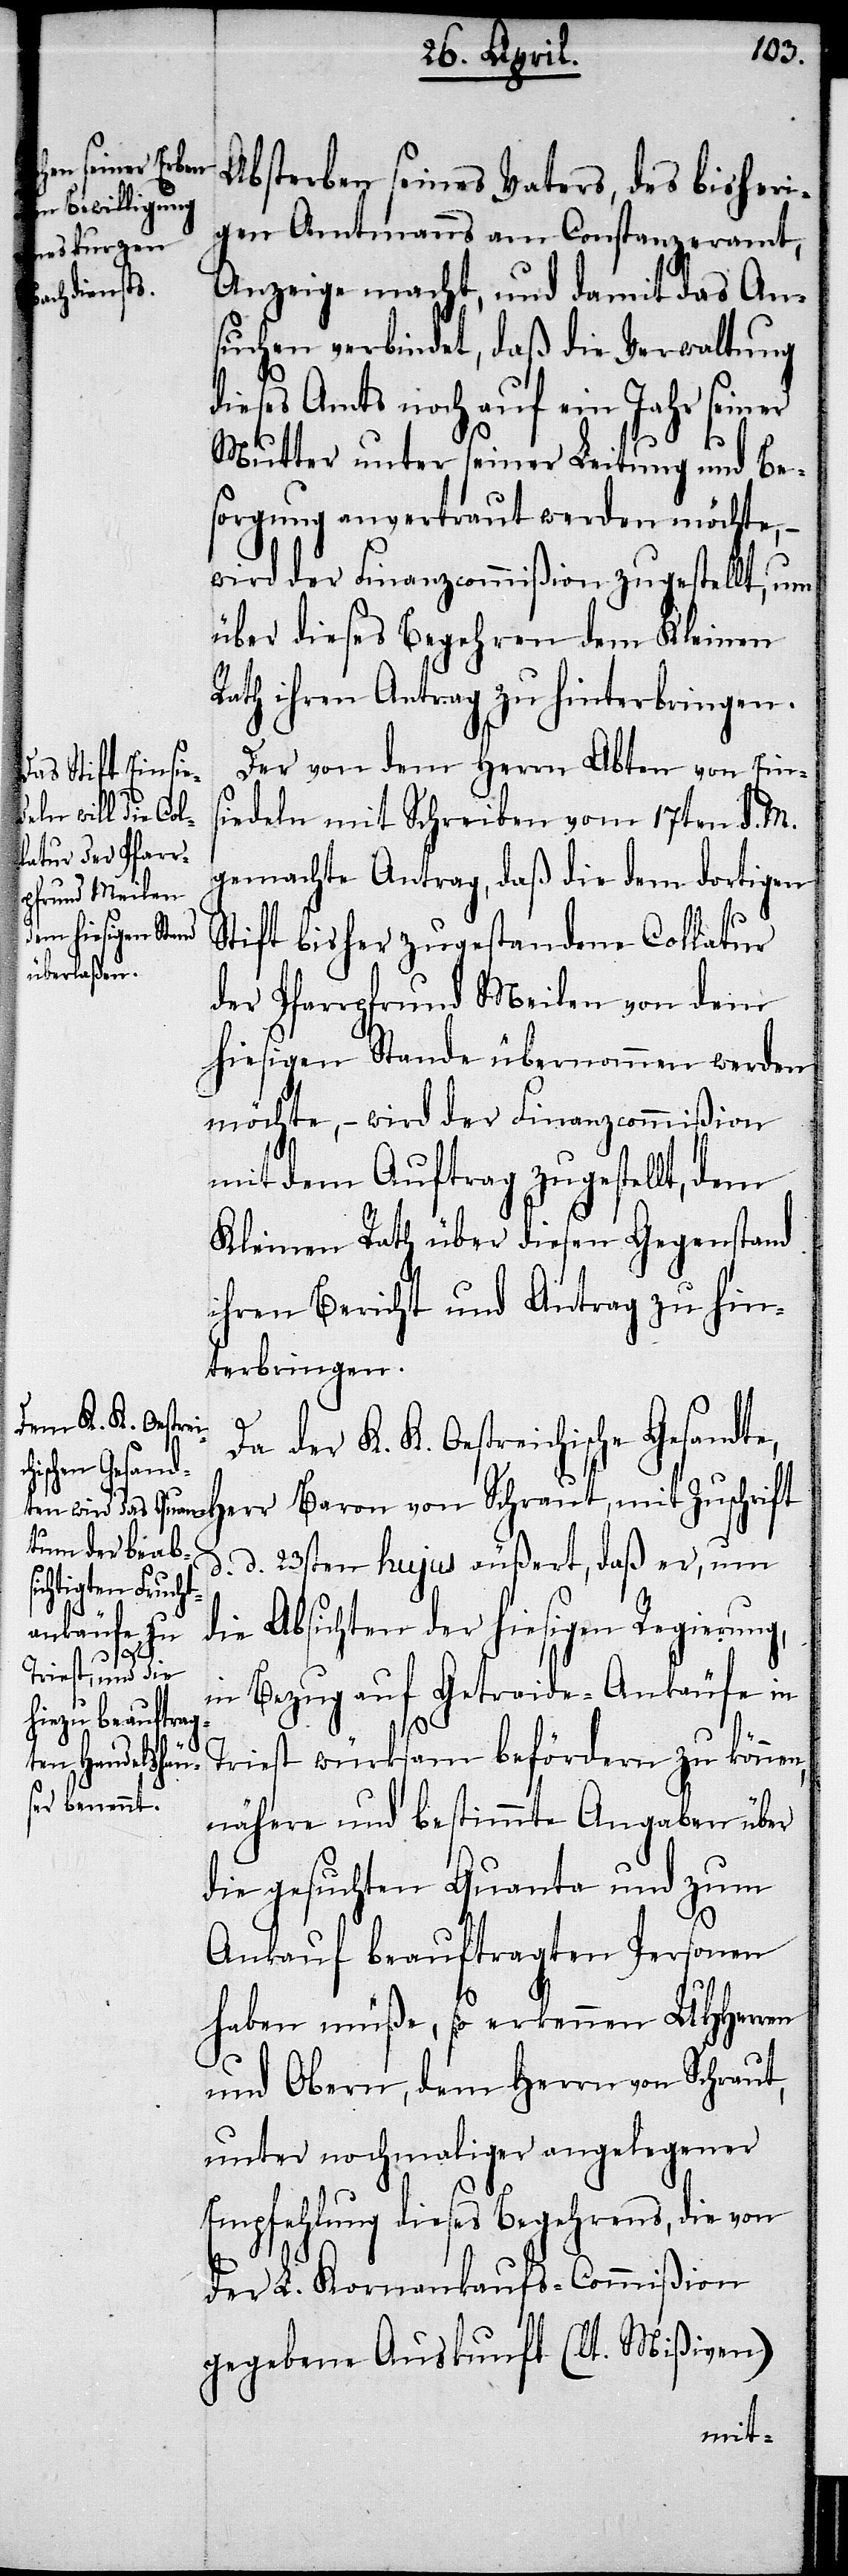
von Schraut,
Absterben seines Vaters, des bisheri¬
gen Amtmanns am Constanzeramt,
Anzeige macht, und damit das An¬
suchen verbindet, daß die Verwaltung
dieses Amts noch auf ein Jahr seiner
Mutter unter seiner Leitung und Be¬
sorgung anvertraut werden möchte, –
wird der Finanzcommißion zugestellt, um
über dieses Begehren dem Kleinen
Rath ihren Antrag zu hinterbringen.
iedeln mit Schreiben vom 17ten d. M.
gemachte Antrag, daß die dem dortigen
Stift bisher zugestandene Collatur
der Pfarrgrund Meilen von dem
hiesigen Stande übernommen werden
möchte, – wird der Finanzcommißion
mit dem Auftrag zugestellt, dem
Kleinen Rath über diesen Gegenstand
ihren Bericht und Antrag zu hin¬
terbringen.
Da der K. K. Oestreichische Gesandte,
d. d. 23sten hujus äußert, daß er, um
die Absichten der hiesigen Regierung,
in Bezug auf Getraide-Ankäufe in
Triest würksam befördern zu können,
nähere und bestimmte Angaben über
die gesuchten Quanta und zum
Ankauf beauftragten Personen
haben müße, so erkennen UHHerren
und Obern, dem Herrn von Schraut,
unter nochmaliger angelegener
Empfehlung dieses Begehrens, die von
der L. Kornankaufs-Commißion
gegebene Auskunft (lt. Mißiven)
mit